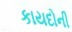
કાયદોની